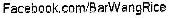
FACEBOOK.COM/BARWANGRICE